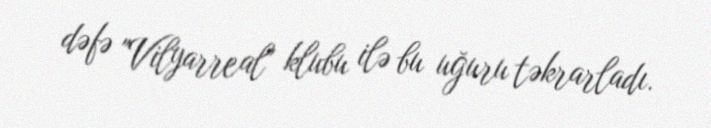
dəfə "Vilyarreal" klubu ilə bu uğuru təkrarladı.